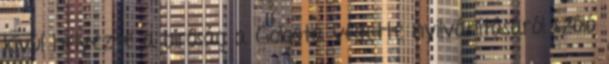
kívül helyezte a bíróság a Golgota védetté nyilvánításáról szóló